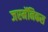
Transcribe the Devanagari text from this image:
जरमॅनिकस